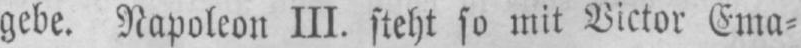
gebe. Napoleon III. steht so mit Victor Ema⸗